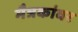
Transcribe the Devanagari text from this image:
मैत्रकांवर